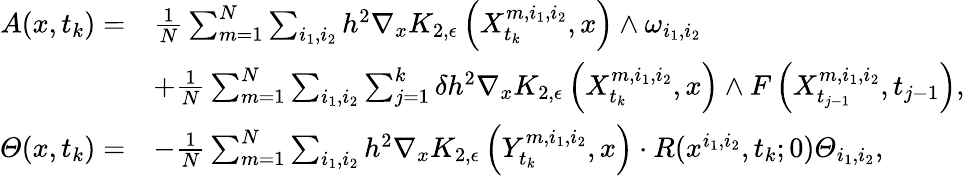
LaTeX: \begin{array}{rl}{A(x,t_{k})=}&{\frac{1}{N}\sum_{m=1}^{N}\sum_{i_{1},i_{2}}h^{2}\nabla_{x}K_{2,\epsilon}\left(X_{t_{k}}^{m,i_{1},i_{2}},x\right)\wedge\omega_{i_{1},i_{2}}}\\ &{+\frac{1}{N}\sum_{m=1}^{N}\sum_{i_{1},i_{2}}\sum_{j=1}^{k}\delta h^{2}\nabla_{x}K_{2,\epsilon}\left(X_{t_{k}}^{m,i_{1},i_{2}},x\right)\wedge F\left(X_{t_{j-1}}^{m,i_{1},i_{2}},t_{j-1}\right),}\\ {\varTheta(x,t_{k})=}&{-\frac{1}{N}\sum_{m=1}^{N}\sum_{i_{1},i_{2}}h^{2}\nabla_{x}K_{2,\epsilon}\left(Y_{t_{k}}^{m,i_{1},i_{2}},x\right)\cdot R(x^{i_{1},i_{2}},t_{k};0)\varTheta_{i_{1},i_{2}},}\end{array}